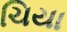
ચિયા